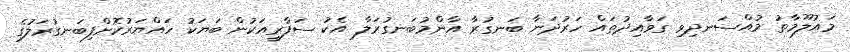
މައުލޫމާތު މުއްސަނދިވި ގަވާއިދުތައް ހަރުދަނާ ބަނގުރާ އާންމުބަނގުރަލާ އެކު ސަފާރީއަކުން ބަޔަކު ހައްޔަރުކޮށްފިބަނގުރަލުގެ